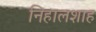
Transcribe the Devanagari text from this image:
निहालशाह